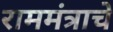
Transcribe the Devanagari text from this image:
राममंत्राचे